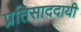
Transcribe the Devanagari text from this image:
प्रतिसाददायी